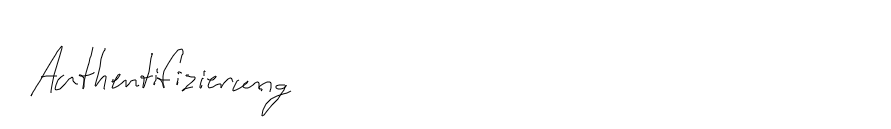
Authentifizierung